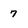
Character: 7